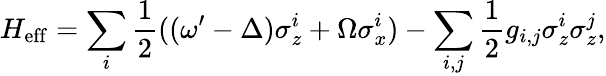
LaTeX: H_{\mathrm{eff}}=\sum_{i}\frac{1}{2}((\omega^{\prime}-\Delta)\sigma_{z}^{i}+\Omega\sigma_{x}^{i})-\sum_{i,j}\frac{1}{2}g_{i,j}\sigma_{z}^{i}\sigma_{z}^{j},